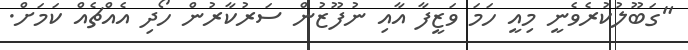
"ގަބޫލުކުރެވެނީ މިއީ ހަމަ ވަޒީފާ އާއި ނުފޫޒުން ސަރުކާރުން ހޯދި އެއްޗެއް ކަމަށް.